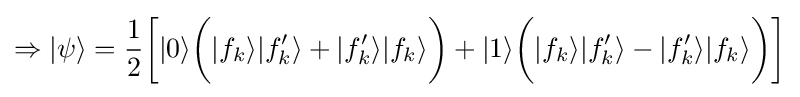
\Rightarrow |\psi \rangle ={\frac {1}{2}}{\bigg [}|0\rangle {\bigg (}|f_{k}\rangle |f_{k}'\rangle +|f_{k}'\rangle |f_{k}\rangle {\bigg )}+|1\rangle {\bigg (}|f_{k}\rangle |f_{k}'\rangle -|f_{k}'\rangle |f_{k}\rangle {\bigg )}{\bigg ]}